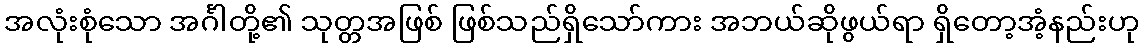
အလုံးစုံသော အင်္ဂါတို့၏ သုတ္တအဖြစ် ဖြစ်သည်ရှိသော်ကား အဘယ်ဆိုဖွယ်ရာ ရှိတော့အံ့နည်းဟု